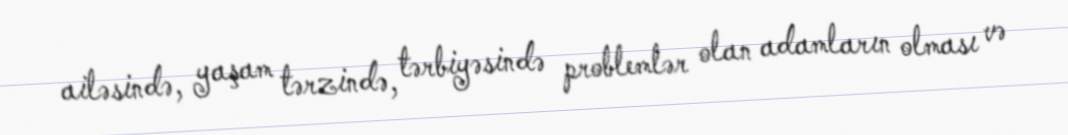
ailəsində, yaşam tərzində, tərbiyəsində problemlər olan adamların olması və